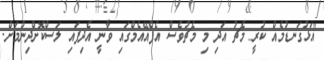
"އަޅުގަނޑުމެއް ކުރީ މެޗު އަދި މި މެޗުވެސް އެފްއޭއެމްގައި ވާނީ އެދިފައި ލަސްކޮށްދިނުމަށް.